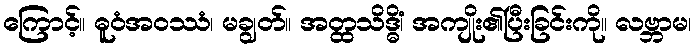
ကြောင့်။ ဓူဝံအဝဿံ၊ မချွတ်။ အတ္ထသိဒ္ဓိံ၊ အကျိုး၏ပြီးခြင်းကို။ လဗ္ဘာမ၊